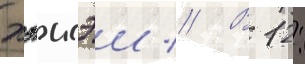
хэисэи // В 12: